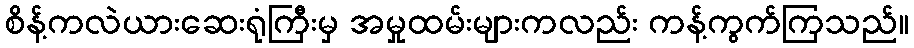
စိန့်ကလဲယားဆေးရုံကြီးမှ အမှုထမ်းများကလည်း ကန့်ကွက်ကြသည်။